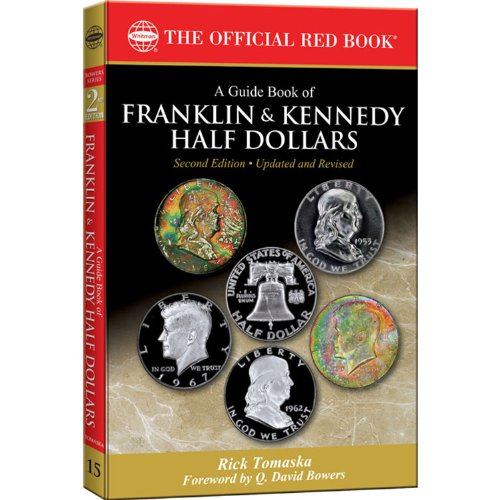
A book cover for A Guide Book of Franklin & Kennedy Half Dollars; Rick Tomaska; Crafts, Hobbies & Home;